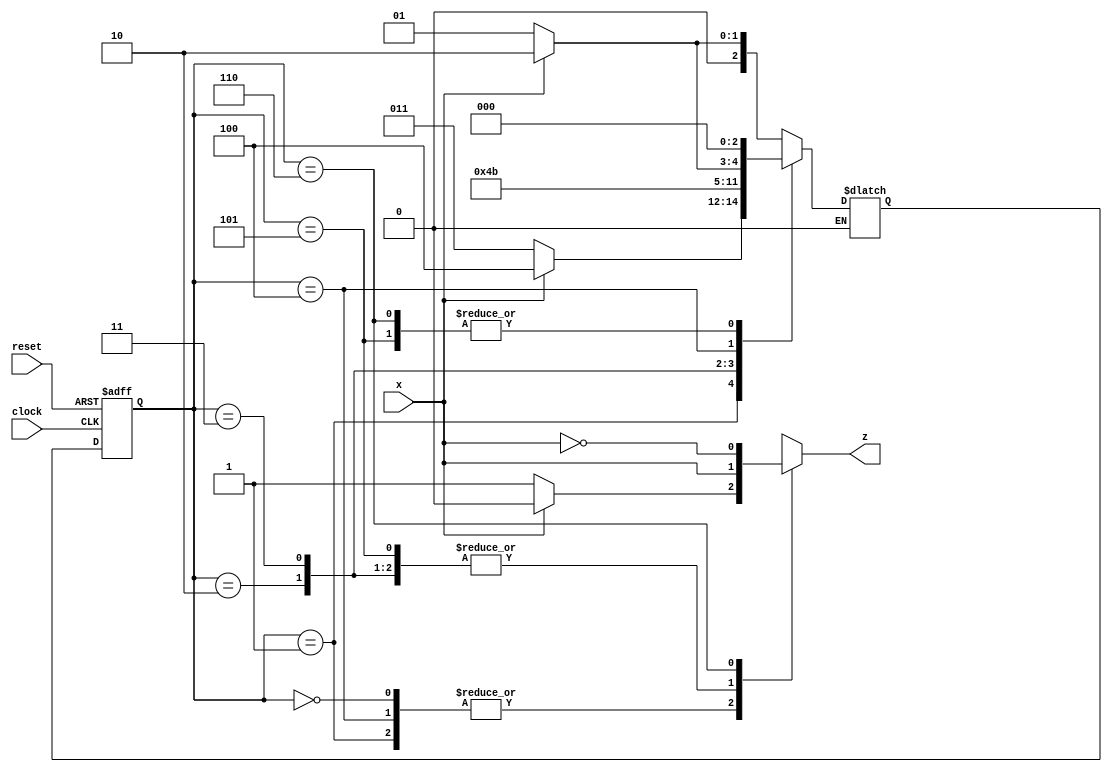

module Lab3_BCD_to_Excess3_state_diagram(output reg z, input x, clock, reset);
	
	reg[2:0] state , next_state;
	parameter S0=3'b000 , S1=3'b001,S2=3'b010,S3=3'b011,S4=3'b100,S5=3'b101,S6=3'b110,
			dont_care_state = 3'bx,
 			dont_care_out = 1'bx;

	always @ (posedge clock ,negedge reset)
		if(reset==0)
			state<=S0;
		else
			state<=next_state;
	always @ (state , x ) begin
		z=0;
		case(state)
	

			S0: if (x == 0) begin next_state = S1; z = 1; end
			else if (x == 1) begin next_state = S2; end
 			S1: if (x == 0) begin next_state = S3; z = 1; end
			else if (x == 1) begin next_state = S4; end
 			S2: begin next_state = S4; z = x; end
 			S3: begin next_state = S5; z = x; end
 			S4: if (x == 0) begin next_state = S5; z = 1; end
			else if (x == 1) begin next_state = S6;z=0; end
 			S5: begin next_state = S0; z = x; end
 			S6: begin next_state = S0; z = !x; end
			default: begin next_state = dont_care_state;
					z = dont_care_out; end  

		endcase

	end
endmodule